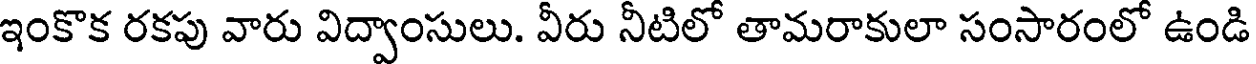
ఇంకొక రకపు వారు విద్వాంసులు. వీరు నీటిలో తామరాకులా సంసారంలో ఉండి